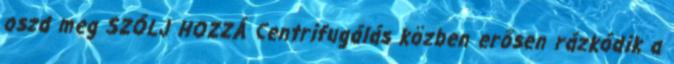
oszd meg SZÓLJ HOZZÁ Centrifugálás közben erősen rázkódik a